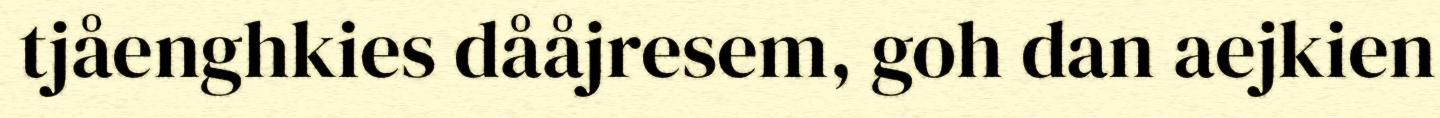
tjåenghkies dååjresem, goh dan aejkien